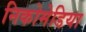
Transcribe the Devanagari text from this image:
निकोमेडिया